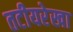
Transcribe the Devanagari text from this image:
तटीयरेखा